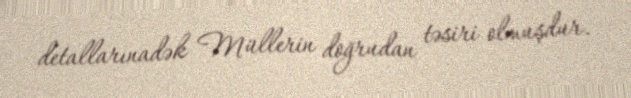
detallarınadək Müllerin doğrudan təsiri olmuşdur.